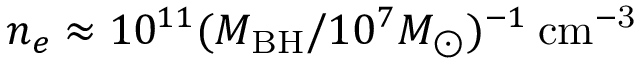
n _ { e } \approx 1 0 ^ { 1 1 } ( M _ { \mathrm { B H } } / 1 0 ^ { 7 } M _ { \odot } ) ^ { - 1 } \: \mathrm { { c m } ^ { - 3 } }